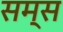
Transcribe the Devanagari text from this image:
सम्स